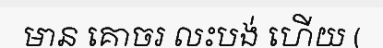
មាន គោចរ លះបង់ ហើយ (